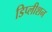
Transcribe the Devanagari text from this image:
डिप्लीशन